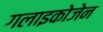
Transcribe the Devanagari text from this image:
गलाइकोजेन